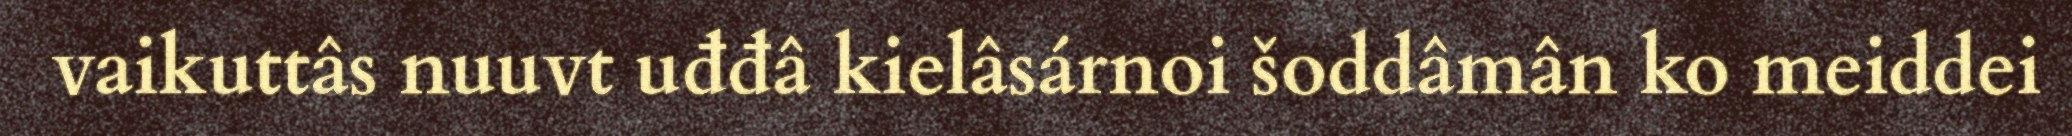
vaikuttâs nuuvt uđđâ kielâsárnoi šoddâmân ko meiddei